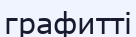
графитті